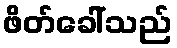
ဖိတ်ခေါ်သည်